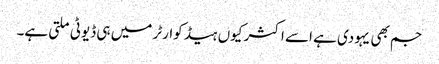
جم بھی یہودی ہے اسے اکثر کیوں ہیڈ کوارٹر میں ہی ڈیوٹی ملتی ہے۔